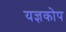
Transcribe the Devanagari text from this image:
यज्ञकोप